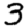
Digit: 3